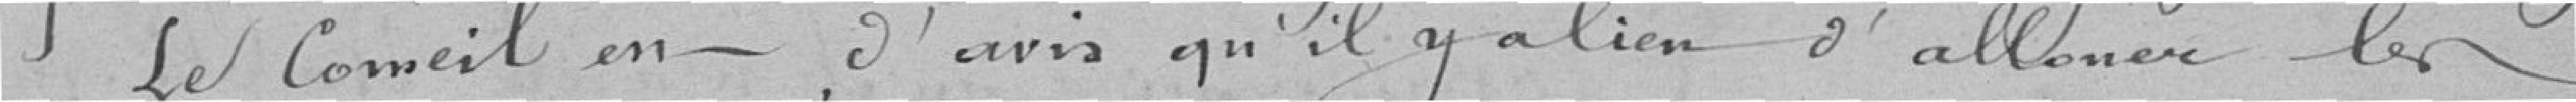
Le Conseil est d'avis qu'il y a lieu d'allouer les